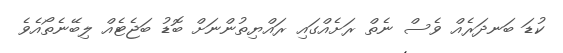
ކުޑަ ބަނދަރެއް ވެސް ނެތް ރަށެއްގައި ރައްޔިތުންނަށް ބޮޑު ބަޖެޓެއް ލިބޭނެތޯއެވެ